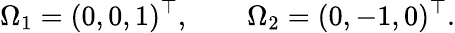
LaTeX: \Omega_{1}=(0,0,1)^{\top},\qquad\Omega_{2}=(0,-1,0)^{\top}.